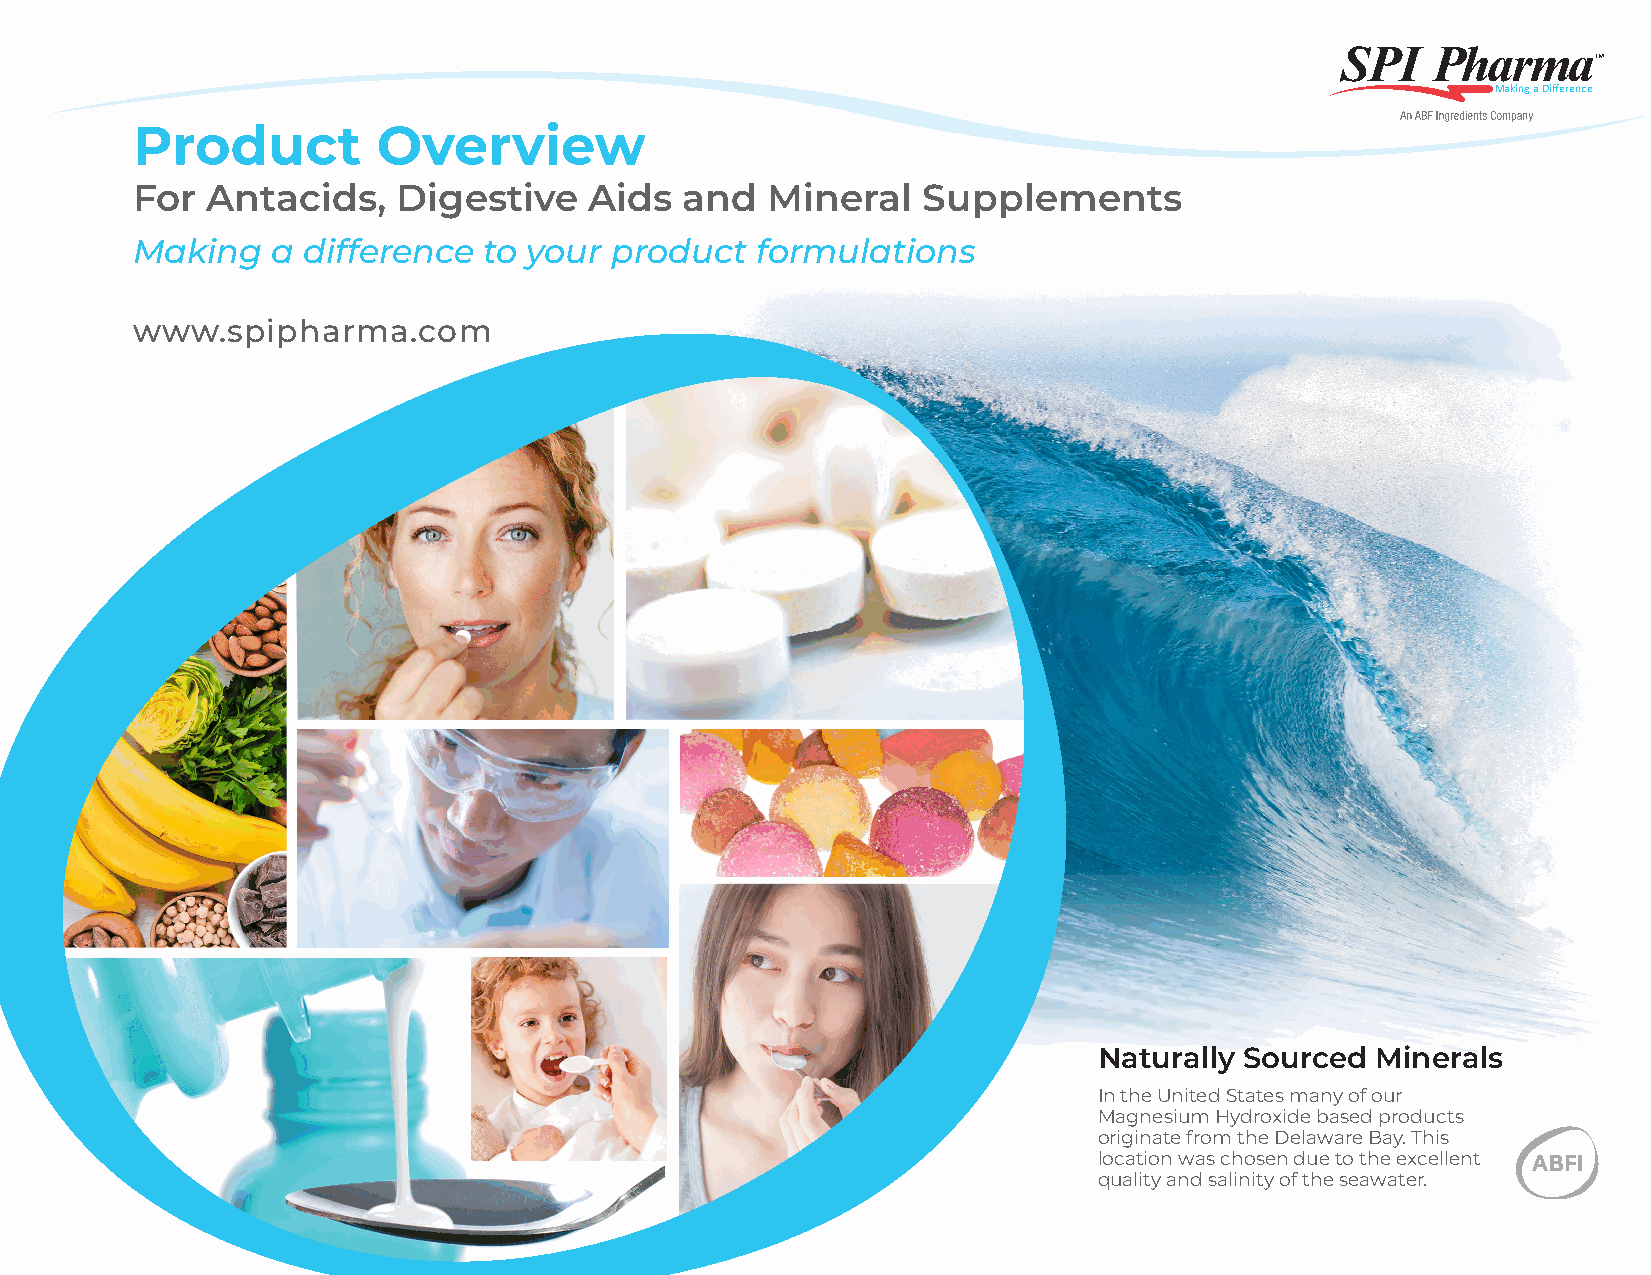
Making a Difference
 Product         Overview
 For  Antacids,   Digestive    Aids  and   Mineral   Supplements
 Making   a difference  to your product   formulations
 www.spipharma.com
 Naturally Sourced Minerals
 In the United States many of our
 Magnesium Hydroxide based products
 originate from the Delaware Bay. This
 location was chosen due to the excellent
 quality and salinity of the seawater.